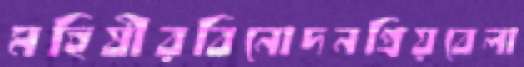
মহিষীরবিনোদনপ্রিয়বেলা